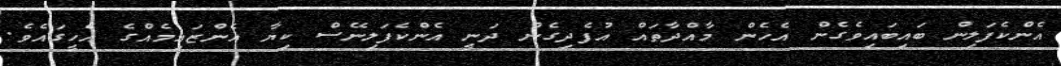
އެންކެފަލިން ބައިބައިވެގެން އެހެން މާއްދާތައް އުފެދިގެން ދަނީ އެންކެފަލިނޭސް ކިޔާ އެންޒައިމެއްގެ އެހީގައެވެ.